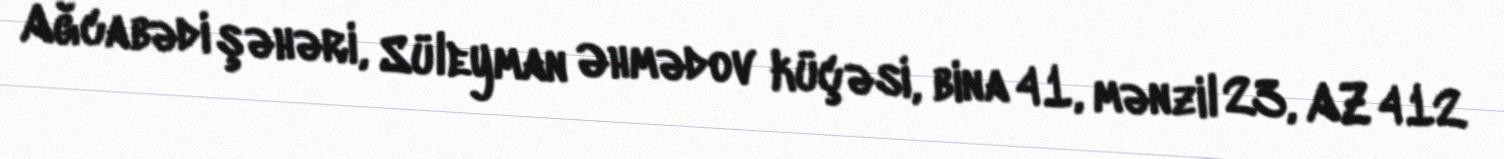
Ağcabədi şəhəri, Süleyman Əhmədov küçəsi, bina 41, mənzil 23, AZ 412